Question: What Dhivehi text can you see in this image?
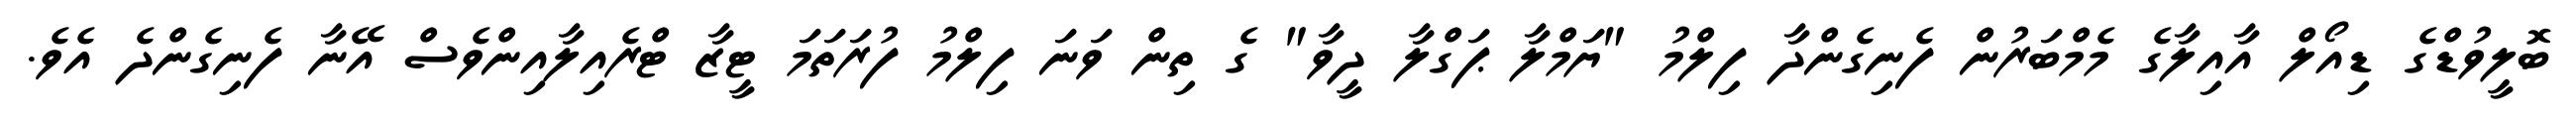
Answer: ބޮލީވުޑްގެ ޑިއޯލް އާއިލާގެ މެމްބަރުން ފެނިގެންދާ ފިލްމު "ޔަމްލާ ޕަގްލާ ދީވާ" ގެ ތިން ވަނަ ފިލްމު ފުރަތަމަ ޓީޒާ ޓްރެއިލާއިންވެސް އޭނާ ފެނިގެންދެ އެވެ.